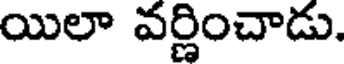
యిలా వర్ణించాడు.